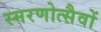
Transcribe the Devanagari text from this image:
स्मरणोत्सैवों